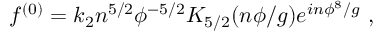
f ^ { ( 0 ) } = k _ { 2 } n ^ { 5 / 2 } \phi ^ { - 5 / 2 } K _ { 5 / 2 } ( n \phi / g ) e ^ { i n \phi ^ { 8 } / g } ~ ,